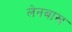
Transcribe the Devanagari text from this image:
लेनबाख